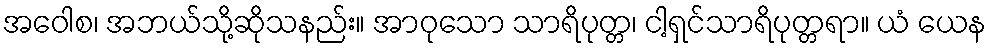
အဝေါစ၊ အဘယ်သို့ဆိုသနည်း။ အာဝုသော သာရိပုတ္တ၊ ငါ့ရှင်သာရိပုတ္တရာ။ ယံ ယေန